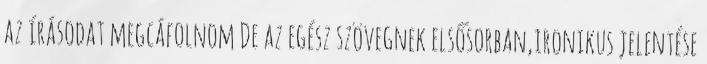
az írásodat megcáfolnom De az egész szövegnek elsősorban,ironikus jelentése